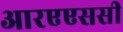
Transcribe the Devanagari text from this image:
आरएएससी